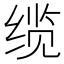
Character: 缆